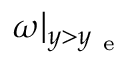
\omega | _ { y > y _ { \mathrm { ~ e ~ } } }